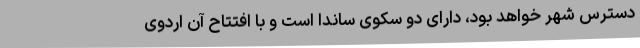
دسترس شهر خواهد بود، دارای دو سکوی ساندا است و با افتتاح آن اردوی